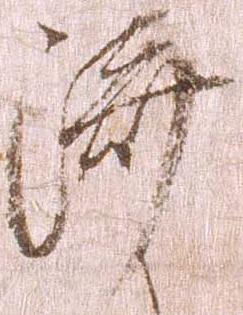
済